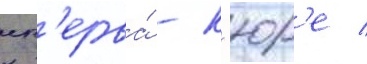
сп'ерва́ - к'юр'е /